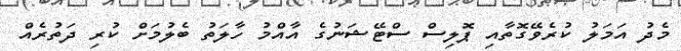
މެދު އަމަލު ކުރެވޭގޮތާއި ޕޮލިސް ސްޓޭޝަނުގެ އާއްމު ހާލަތު ބެލުމަށް ކުރި ދަތުރެއް